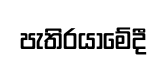
පැතිරයාමේදී